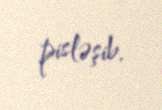
pisləşib.